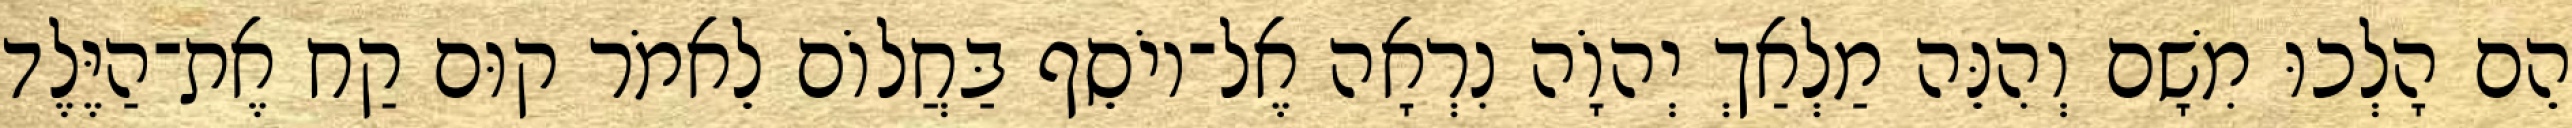
הֵם הָלְכוּ מִשָׁם וְהִנֵּה מַלְאַךְ יְהוָֹה נִרְאָה אֶל־יוֹסֵף בַּחֲלוֹם לֵאמֹר קוּם קַח אֶת־הַיֶּלֶד